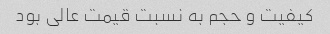
کیفیت و حجم به نسبت قیمت عالی بود